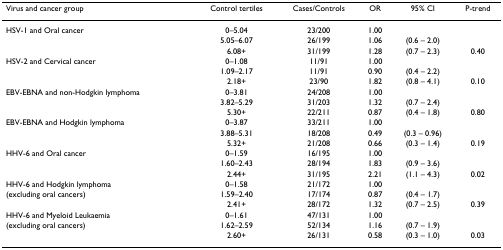
<table><thead><tr><td><b>Virus and cancer group</b></td><td><b>Control tertiles</b></td><td><b>Cases/Controls</b></td><td><b>OR</b></td><td><b>95% CI</b></td><td><b>P-trend</b></td></tr></thead><tbody><tr><td>HSV-1 and Oral cancer</td><td>0–5.04</td><td>23/200</td><td>1.00</td><td></td><td></td></tr><tr><td></td><td>5.05–6.07</td><td>26/199</td><td>1.06</td><td>(0.6 – 2.0)</td><td></td></tr><tr><td></td><td>6.08+</td><td>31/199</td><td>1.28</td><td>(0.7 – 2.3)</td><td>0.40</td></tr><tr><td>HSV-2 and Cervical cancer</td><td>0–1.08</td><td>11/91</td><td>1.00</td><td></td><td></td></tr><tr><td></td><td>1.09–2.17</td><td>11/91</td><td>0.90</td><td>(0.4 – 2.2)</td><td></td></tr><tr><td></td><td>2.18+</td><td>23/90</td><td>1.82</td><td>(0.8 – 4.1)</td><td>0.10</td></tr><tr><td>EBV-EBNA and non-Hodgkin lymphoma</td><td>0–3.81</td><td>24/208</td><td>1.00</td><td></td><td></td></tr><tr><td></td><td>3.82–5.29</td><td>31/203</td><td>1.32</td><td>(0.7 – 2.4)</td><td></td></tr><tr><td></td><td>5.30+</td><td>22/211</td><td>0.87</td><td>(0.4 – 1.8)</td><td>0.80</td></tr><tr><td>EBV-EBNA and Hodgkin lymphoma</td><td>0–3.87</td><td>33/211</td><td>1.00</td><td></td><td></td></tr><tr><td></td><td>3.88–5.31</td><td>18/208</td><td>0.49</td><td>(0.3 – 0.96)</td><td></td></tr><tr><td></td><td>5.32+</td><td>21/208</td><td>0.66</td><td>(0.3 – 1.4)</td><td>0.19</td></tr><tr><td>HHV-6 and Oral cancer</td><td>0–1.59</td><td>16/195</td><td>1.00</td><td></td><td></td></tr><tr><td></td><td>1.60–2.43</td><td>28/194</td><td>1.83</td><td>(0.9 – 3.6)</td><td></td></tr><tr><td></td><td>2.44+</td><td>31/195</td><td>2.21</td><td>(1.1 – 4.3)</td><td>0.02</td></tr><tr><td>HHV-6 and Hodgkin lymphoma</td><td>0–1.58</td><td>21/172</td><td>1.00</td><td></td><td></td></tr><tr><td>(excluding oral cancers)</td><td>1.59–2.40</td><td>17/174</td><td>0.87</td><td>(0.4 – 1.7)</td><td></td></tr><tr><td></td><td>2.41+</td><td>28/172</td><td>1.32</td><td>(0.7 – 2.5)</td><td>0.39</td></tr><tr><td>HHV-6 and Myeloid Leukaemia</td><td>0–1.61</td><td>47/131</td><td>1.00</td><td></td><td></td></tr><tr><td>(excluding oral cancers)</td><td>1.62–2.59</td><td>52/134</td><td>1.16</td><td>(0.7 – 1.9)</td><td></td></tr><tr><td></td><td>2.60+</td><td>26/131</td><td>0.58</td><td>(0.3 – 1.0)</td><td>0.03</td></tr></tbody></table>